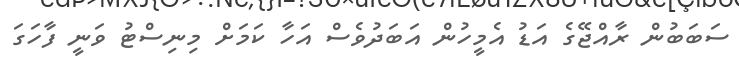
ސަބަބުން ރާއްޖޭގެ އަޑު އެމީހުން އަބަދުވެސް އަހާ ކަމަށް މިނިސްޓު ވަނީ ފާހަގަ